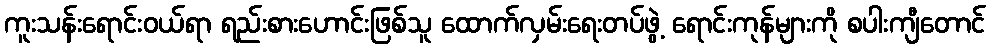
ကူးသန်းရောင်းဝယ်ရာ ရည်းစားဟောင်းဖြစ်သူ ထောက်လှမ်းရေးတပ်ဖွဲ့ ရောင်းကုန်များကို စပါးကျီတောင်